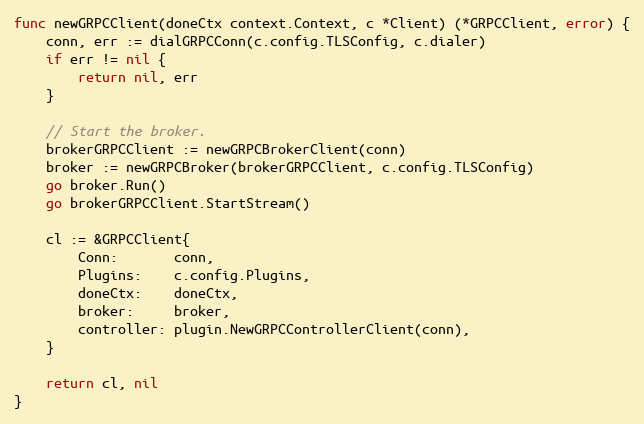
Language: Go
func newGRPCClient(doneCtx context.Context, c *Client) (*GRPCClient, error) {
	conn, err := dialGRPCConn(c.config.TLSConfig, c.dialer)
	if err != nil {
		return nil, err
	}

	// Start the broker.
	brokerGRPCClient := newGRPCBrokerClient(conn)
	broker := newGRPCBroker(brokerGRPCClient, c.config.TLSConfig)
	go broker.Run()
	go brokerGRPCClient.StartStream()

	cl := &GRPCClient{
		Conn:       conn,
		Plugins:    c.config.Plugins,
		doneCtx:    doneCtx,
		broker:     broker,
		controller: plugin.NewGRPCControllerClient(conn),
	}

	return cl, nil
}